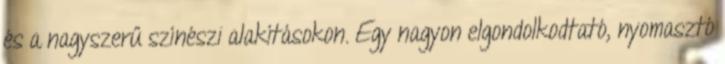
és a nagyszerű színészi alakításokon. Egy nagyon elgondolkodtató, nyomasztó